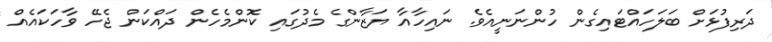
ދަރިފުޅަށް ބަލަހައްޓައިގެން ހުންނަނީއެވެ. ނައިހާއާ ޔަޒާންގެ މެދުގައި ކޮންމެހެން ދައްކަން ޖެހޭ ވާހަކައެއް